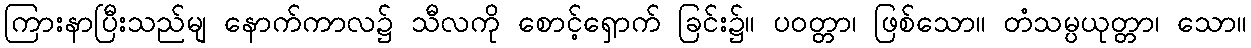
ကြားနာပြီးသည်မျ နောက်ကာလ၌ သီလကို စောင့်ရှောက် ခြင်း၌။ ပဝတ္တာ၊ ဖြစ်သော။ တံသမ္ပယုတ္တာ၊ သော။